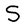
Character: S